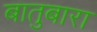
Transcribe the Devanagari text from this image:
बातुबारा